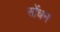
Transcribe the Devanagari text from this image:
सोंधन